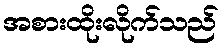
အစားထိုးလိုက်သည်